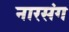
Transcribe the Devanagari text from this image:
नारसंग